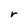
Character: r